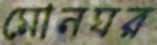
মোনঘর